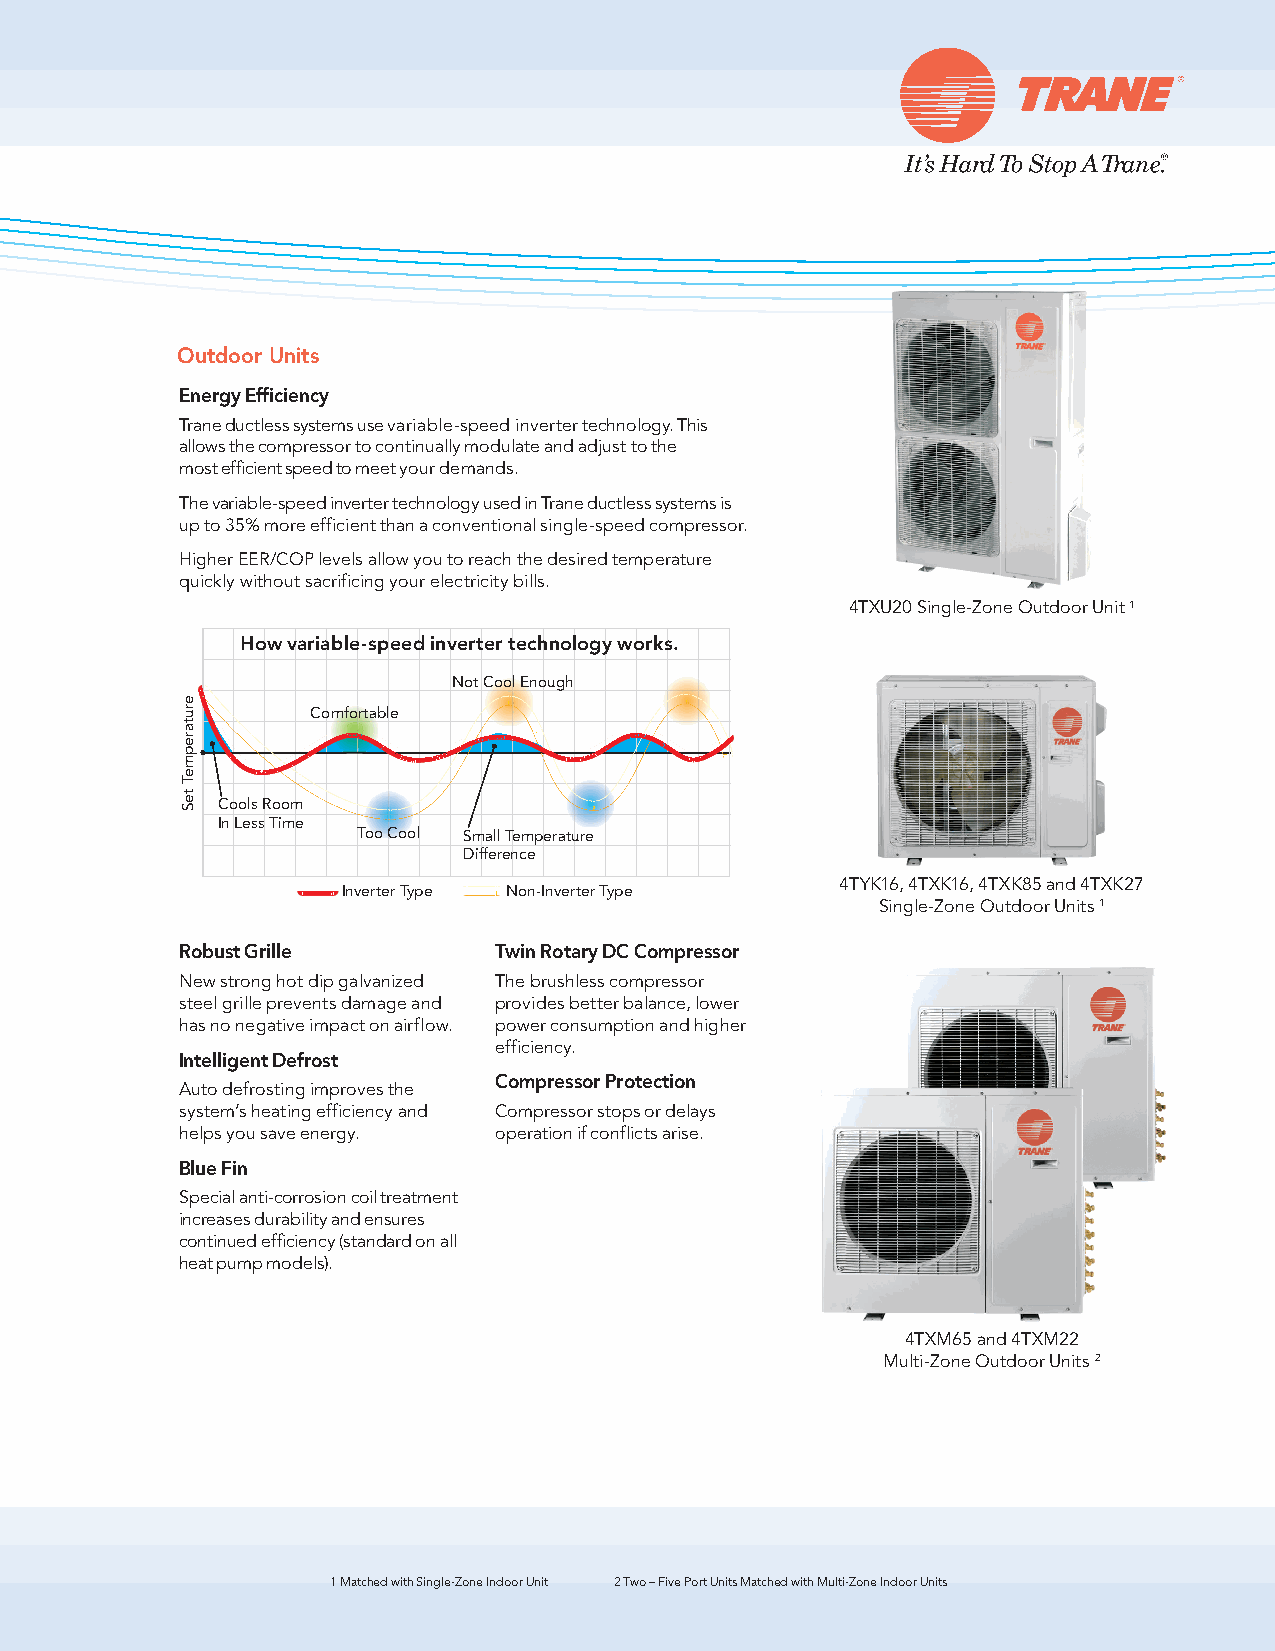
Outdoor Units
 Energy Efficiency
 Trane ductless systems use variable-speed inverter technology. This
 allows the compressor to continually modulate and adjust to the
 most efficient speed to meet your demands.
 The variable-speed inverter technology used in Trane ductless systems is
 up to 35% more efficient than a conventional single-speed compressor.
 Higher EER/COP levels allow you to reach the desired temperature
 quickly without sacrificing your electricity bills.
 4TXU20 Single-Zone Outdoor Unit 1
 How variable-speed inverter technology works.
 Not Cool Enough
 Comfortable
 Cools Room
 In Less Time
 Too Cool Small Temperature
 Difference
 4TYK16, 4TXK16, 4TXK85 and 4TXK27
 Inverter Type Non-Inverter Type
 Single-Zone Outdoor Units 1
 Robust Grille        Twin Rotary DC Compressor
 New strong hot dip galvanized The brushless compressor
 steel grille prevents damage and provides better balance, lower
 has no negative impact on airflow. power consumption and higher
 efficiency.
 Intelligent Defrost
 Compressor Protection
 Auto defrosting improves the
 system’s heating efficiency and Compressor stops or delays
 helps you save energy. operation if conflicts arise.
 Blue Fin
 Special anti-corrosion coil treatment
 increases durability and ensures
 continued efficiency (standard on all
 heat pump models).
 4TXM65 and 4TXM22
 Multi-Zone Outdoor Units 2
 1 Matched with Single-Zone Indoor Unit 2 Two – Five Port Units Matched with Multi-Zone Indoor Units
 erutarepmeT
 teS